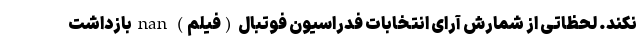
نکند. لحظاتی از شمارش آرای انتخابات فدراسیون فوتبال (فیلم) nan بازداشت